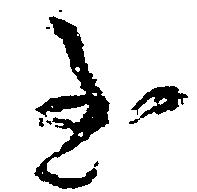
至